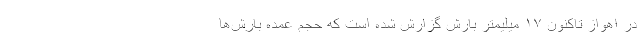
در اهواز تاکنون ۱۷ میلیمتر بارش گزارش شده است که حجم عمده بارش‌ها